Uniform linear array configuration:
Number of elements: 24
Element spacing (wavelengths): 0.75
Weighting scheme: kaiser
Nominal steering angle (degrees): -30
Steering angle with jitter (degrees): -29.725
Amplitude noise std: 0.05
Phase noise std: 0.05

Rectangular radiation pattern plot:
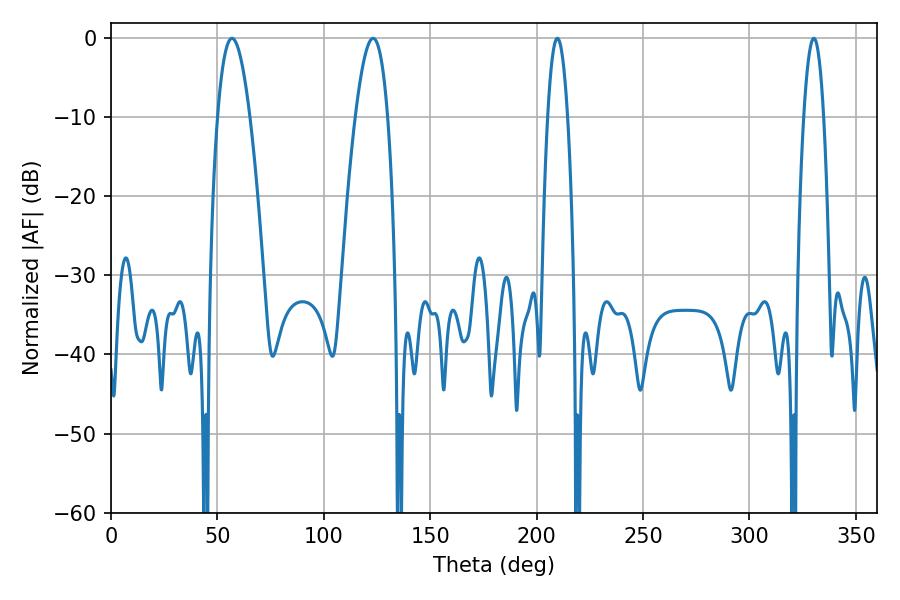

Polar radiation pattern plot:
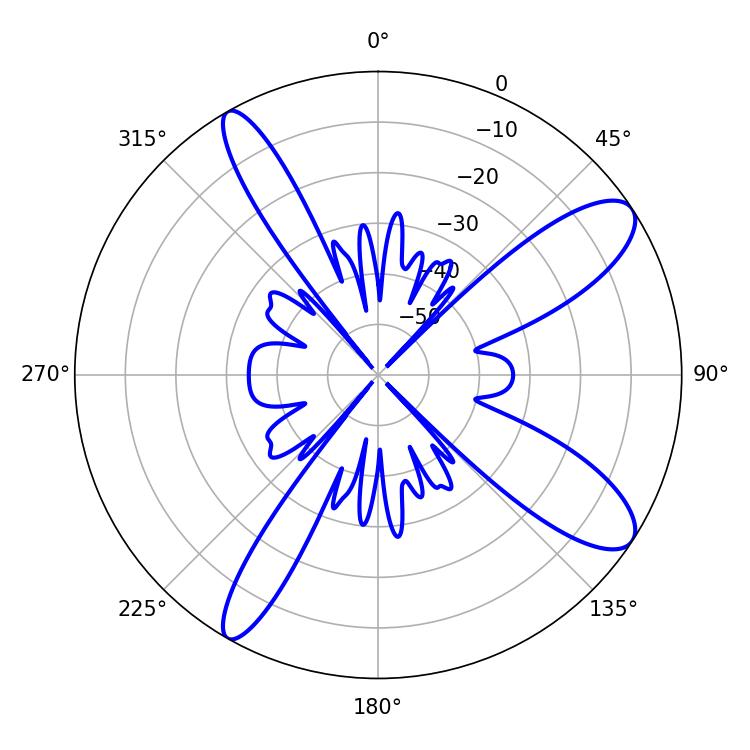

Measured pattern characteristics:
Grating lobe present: TRUE
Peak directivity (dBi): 10.79
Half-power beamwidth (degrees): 8.28
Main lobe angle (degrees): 56.88